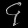
Digit: ၄